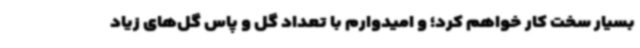
بسیار سخت کار خواهم کرد؛ و امیدوارم با تعداد گل و پاس گل‌های زیاد